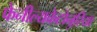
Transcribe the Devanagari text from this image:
फेनील्यकेटोनुरिया